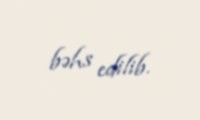
bəhs edilib.